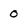
Character: 0